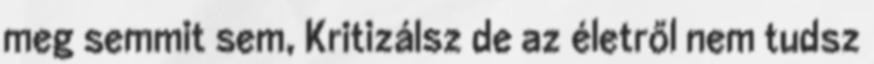
meg semmit sem, Kritizálsz de az életről nem tudsz